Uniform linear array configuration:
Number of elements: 32
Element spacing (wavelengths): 1
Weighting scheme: cosine
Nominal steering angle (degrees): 30
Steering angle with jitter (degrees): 28.833
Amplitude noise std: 0.05
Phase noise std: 0.05

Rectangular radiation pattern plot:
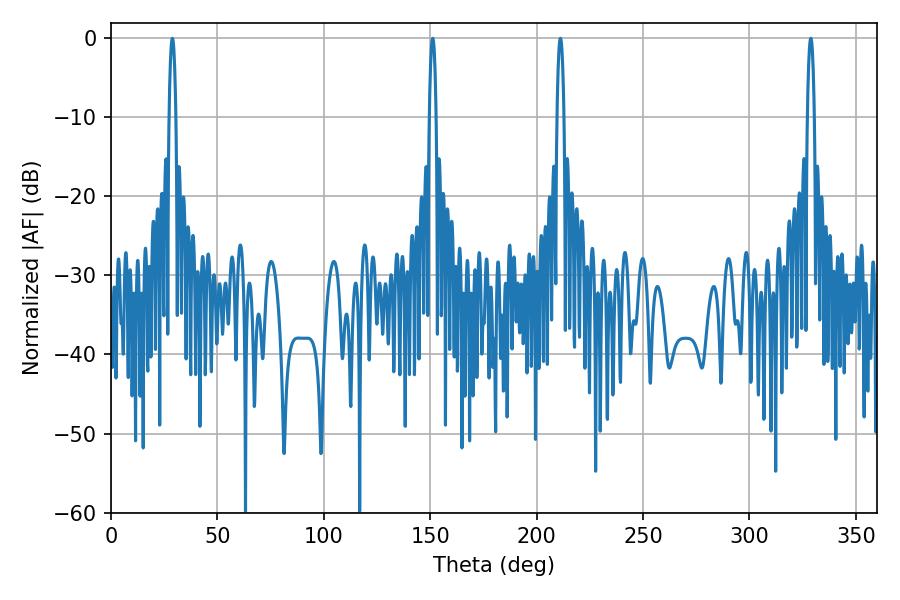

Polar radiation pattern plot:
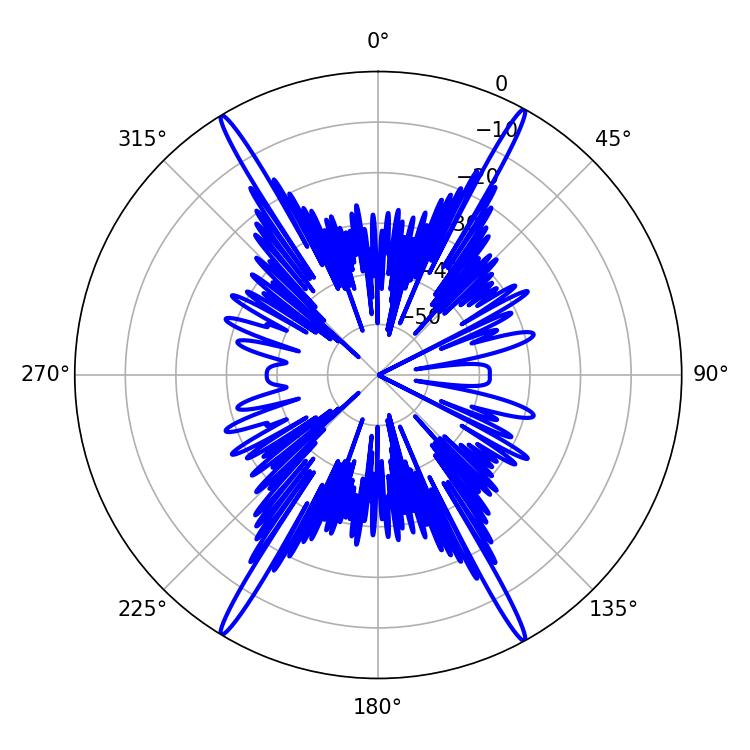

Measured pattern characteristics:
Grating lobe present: TRUE
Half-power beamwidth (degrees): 1.8
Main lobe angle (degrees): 211.14